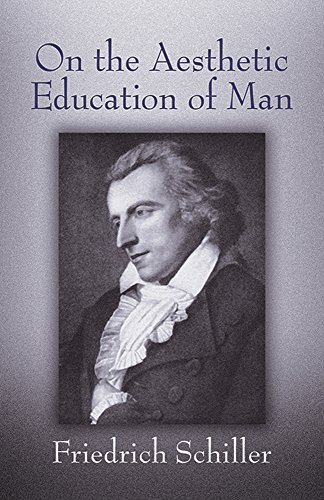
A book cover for On the Aesthetic Education of Man (Dover Books on Western Philosophy); Friedrich Schiller; Politics & Social Sciences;